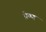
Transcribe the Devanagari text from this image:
प्रेष्ण